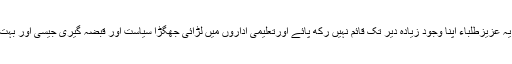
لیکن کچھ وجوہات کی بناء پر یہ عزیزطلباء اپنا وجود زیادہ دیر تک قائم نہیں رکھ پائے اورتعلیمی اداروں میں لڑائی جھگڑا سیاست اور قبضہ گیری جیسی اور بہت سی برائیوں میں مبتلا ہوگئے۔